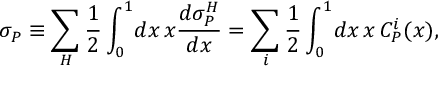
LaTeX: \sigma _ { P } \equiv \sum _ { H } \frac { 1 } { 2 } \int _ { 0 } ^ { 1 } \! d x \, x \frac { d \sigma _ { P } ^ { H } } { d x } = \sum _ { i } \frac { 1 } { 2 } \int _ { 0 } ^ { 1 } \! d x \, x \, C _ { P } ^ { i } ( x ) ,